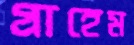
গ্রাহেম